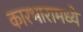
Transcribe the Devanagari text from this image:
कारभारामध्ये